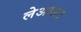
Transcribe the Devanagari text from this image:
लेअाऊट